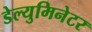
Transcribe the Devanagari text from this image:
डेल्युमिनेटर